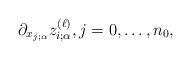
LaTeX: \begin{align*}\partial_{x_{j;\alpha}} z_{i;\alpha}^{(\ell)},j=0,\ldots, n_0,\end{align*}